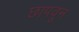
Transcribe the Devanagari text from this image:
छापवून